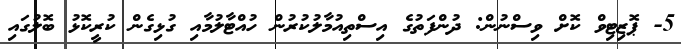
5- ޕޮޒިޓިވް ކޮށް ވިސްނުން: ދުންފަތުގެ އިސްތިއުމާލުކުރުން ހުއްޓާލުމާއި ގުޅިގެން ކުރީކޮޅު ބޮލުގައި